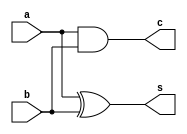
`timescale 1ns / 1ps
//////////////////////////////////////////////////////////////////////////////////
// Company: 
// Engineer: 
// 
// Design Name: 
// Module Name:    HA 
// Project Name: 
// Target Devices: 
// Tool versions: 
// Description: 
//
// Dependencies: 
//
// Revision: 
// Revision 0.01 - File Created
// Additional Comments: 
//
//////////////////////////////////////////////////////////////////////////////////
module HA(
    input a,
    input b,
    output s,
    output c
    );

xor g1(s,a,b);
and g2(c,a,b);

endmodule